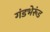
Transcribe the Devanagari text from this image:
गंडभेरूंड